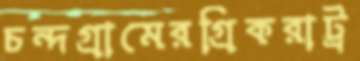
চন্দগ্রামেরগ্রিকরাট্র